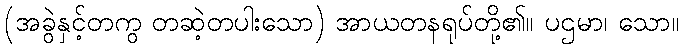
(အခွဲနှင့်တကွ တဆဲ့တပါးသော) အာယတနရုပ်တို့၏။ ပဌမာ၊ သော။